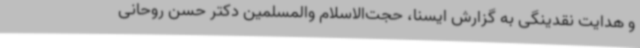
و هدایت نقدینگی به گزارش ایسنا، حجت‌الاسلام والمسلمین دکتر حسن روحانی